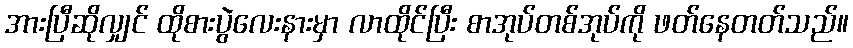
အားပြီဆိုလျှင် ထိုစားပွဲလေးနားမှာ လာထိုင်ပြီး စာအုပ်တစ်အုပ်ကို ဖတ်နေတတ်သည်။